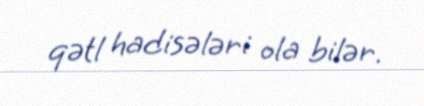
qətl hadisələri ola bilər.